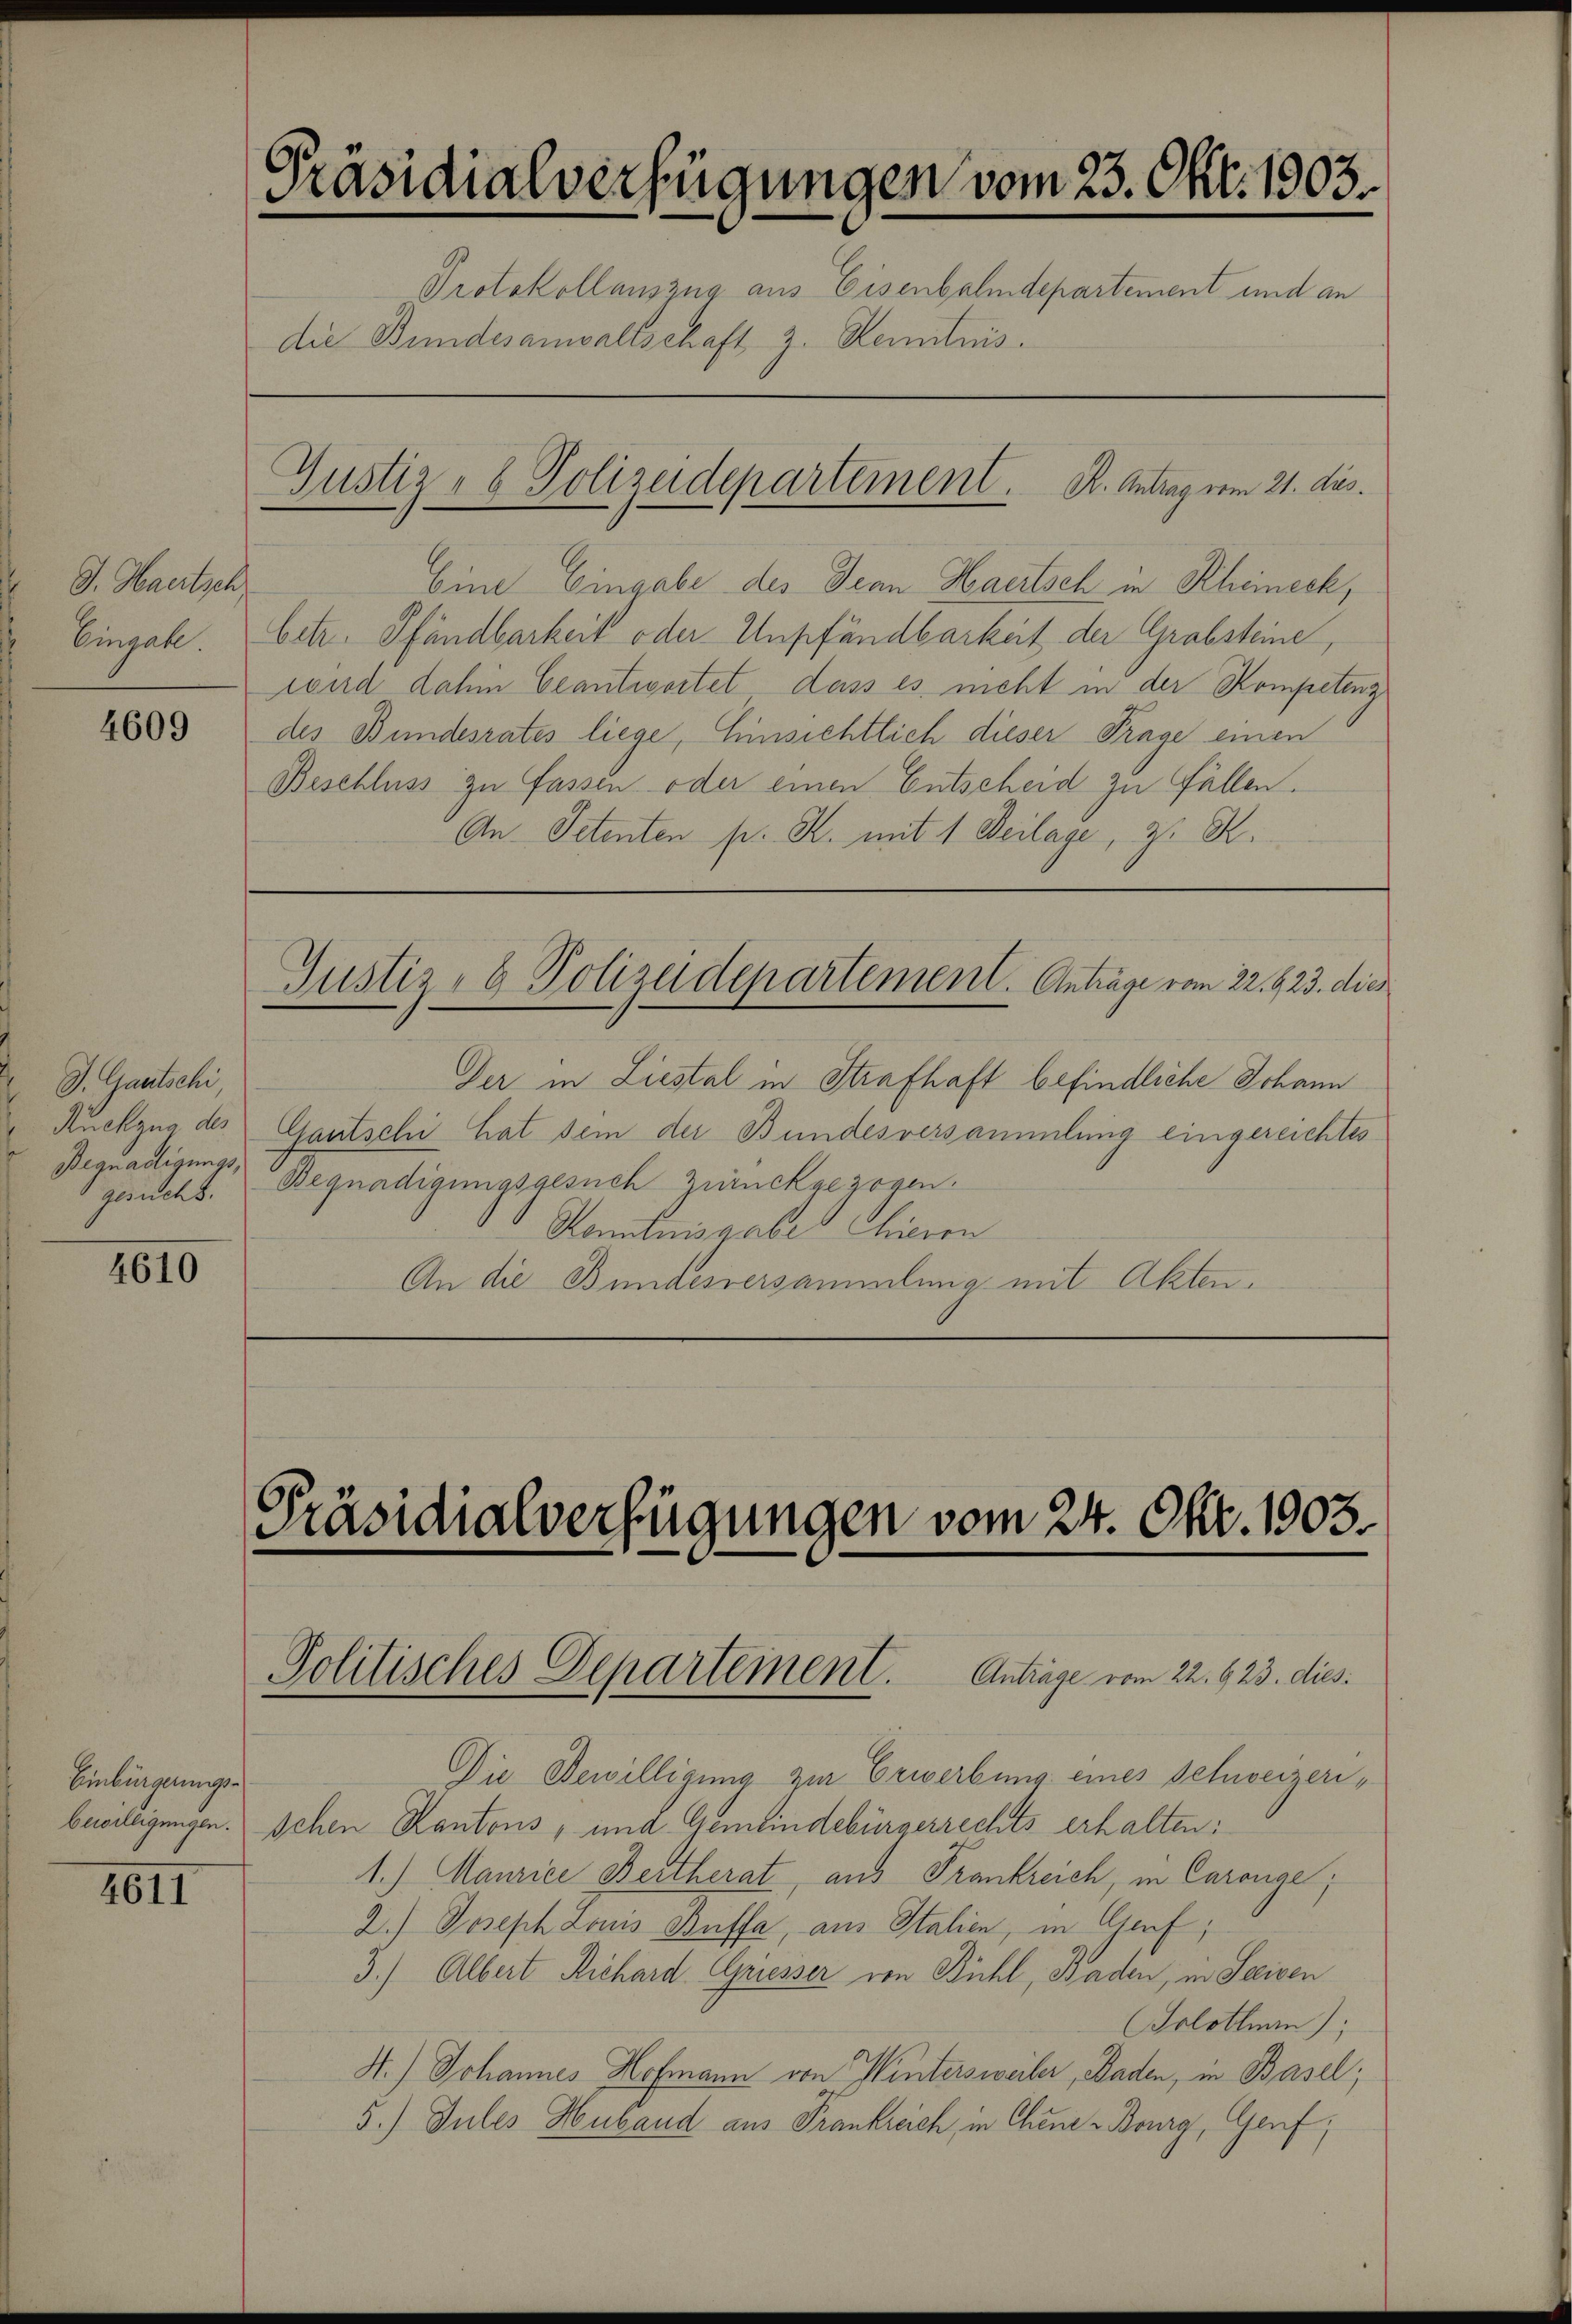
J. Haertsch
Eingabe.

4609

J. Gautschi,
Begnadigungsgesuchs.

4610

4611

Präsidialverfügungen vom 23. Okt. 1903.
Protokollauszug aus Eisenbahndepartement und an
die Bundesanwaltschaft z. Kenntnis

Eine Eingabe des Jean Haertsch in Rheineck,
betr. Pfändbarkeit oder Umpfändbarkeit der Grabsteine,
send dahin beantwortet dass es nicht in der Kompeting
des Bundesrates liege, Einsichtlich dieser Frage einen
Beschluss zu fassen oder einen Entscheid zu Fällen.
An Petenten pr. K. mit 1 Beilage, z. R.

Einbürgerungs-

Justiz- & Polizeidepartement. K. Antrag vom 21. dus.

Justiz- & Polizeidepartement. Anträge vom 22. 823. dies

Der in Liestal in Strafhaft befindliche Johann
Rückzug des Gautschi hat sein der Bundesversammlung eingereichtes
Begnadigungsgesuch zurückgezogen.
Kenntnisgabe hieron
An die Bundesversammlung mit Akten.

Präsidialverfügungen vom 24. Okt. 1903.

Politisches Departement. Antrage vom 22. 623. dies

Die Bewilligung zur Erwerbung eines Schweizeribewilligungen. Ichen Kantons, und Gemeindebürgerrechts erhalten:
1.) Maurice Bertherat, aus Frankreich, in Caronge;
2.) Joseph Louis Buffa, aus Italien, in Genf,
3.) Albert Richard Griesser von Bühl, Baden, in Seeisen
(Solothurn);
H.) Johannes Hofmann von Wintersweiler, Baden, in Basel;
5.) Gutes Huband aus Frankreich, in Chene Bourg, Genf,